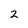
Character: 2